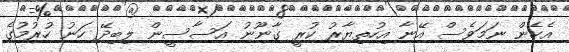
އެހެން ނަމަވެސް އޭނާ އިހުތިޔާރު ކުރީ ގާނޫނު އަސާސީން ލިބިދޭ ހަނު ހުރުމުގެ